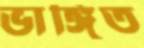
ভাঙ্গিত